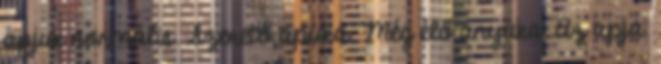
apjuk normális. Szerető apuka. Még élő anyuka. Az apja.